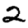
Digit: 2